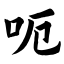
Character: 呃